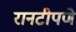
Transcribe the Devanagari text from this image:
रानटीपणे